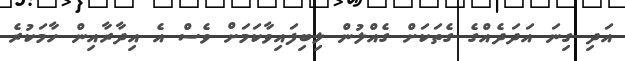
އަދި ގިނަ އަދަދެއްގެ ގެތަކަށް ގެއްލުން ލިބިފައިވާކަމަށް ވެސް އެ އިދާރާއިން ހާމަކުރެ